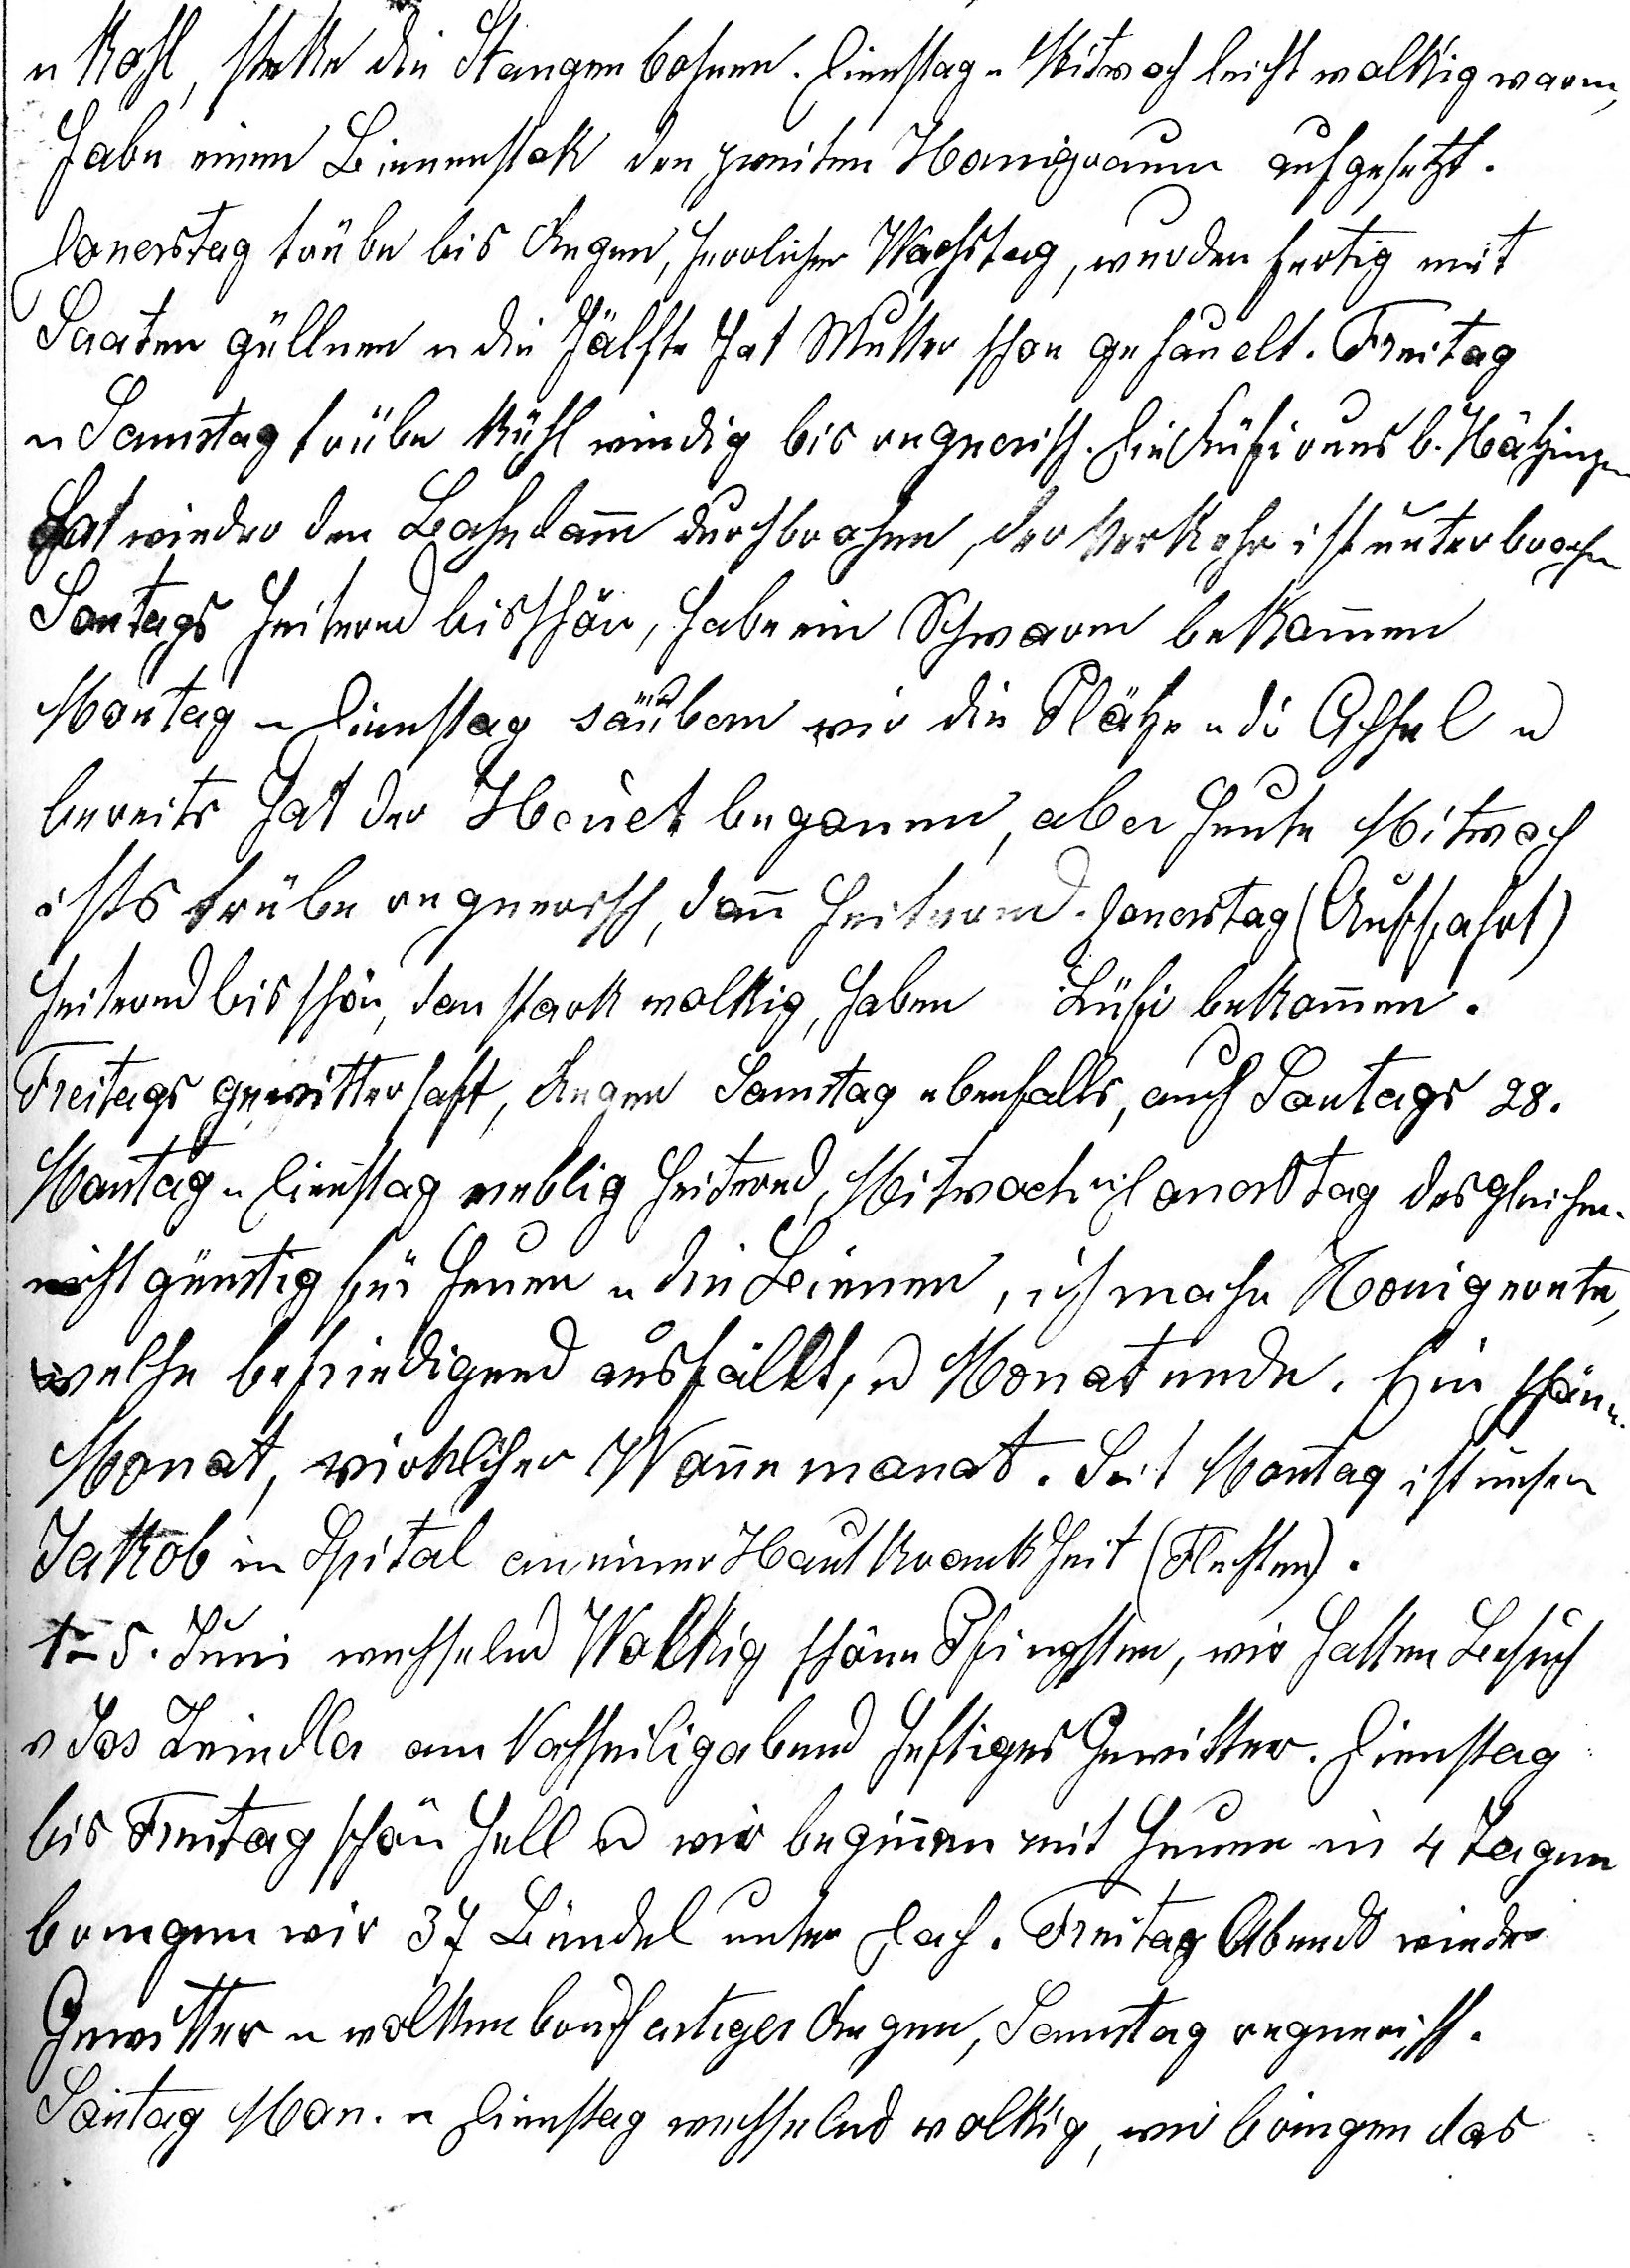
u Kohl, steke die Stangenbohnen. (16.) Dienstag u Mitwoch leicht wolkig warm,
habe einem Bienenstok den zweiten Honigraum aufgesetzt.
Donerstag trübe bis Regen, herrlicher Wachstag, werden fertig mit
Saaten güllen u die Hälfte hat Mutter schon gehauelt. Freitag
u Samstag trübe kühl windig bis regnerisch. Ein Rüfi v. uns b. Hätzingen
hat wieder den Bahndamm durchbrochen, der Verkehr ist unterbrochen
Sontags heiternd bis schön, habe ein Schwarm bekommen
Montag u Dienstag säubern wir die Plätze u die Achsel u
bereits hat der Heuet begonen, aber heute Mitwoch
ists trübe regnerisch, dann heiternd. Donerstag (Auffahrt)
heiternd bis schön, dan stark wolkig, haben Lüfi bekommen.
Freitags gewitterhaft, Regen Samstag ebenfalls, auch Sontag 28.
Montag u Dienstag neblig heiternd, Mitwoch u Donerstag desgleichen,
nicht günstig für heuen u die Bienen, ich mache Honigernte,
welche befriedigend ausfällt, u Monatsende. Ein schöner
Monat, wirklicher Wonnemonat. Seit Montag ist unser
Jakob im Spital an einer Hautkrankheit (Flechten).
1. – 5. Juni wechselnd wolkig schöne Pfingsten, wir hatten Besuch
v. Jos. Zeindler am Nachhei¬ligabend heftiges Gewitter. Dienstag
bis Freitag schön hell u wir beginnen mit heuen in 4 Tagen
bringen wir 37 Bündel unter Dach. Freitag Abend wieder
Gewitter u wolkenbruchartiger Regen, Samstag regnerisch.
Sontag Mon. u Dienstag wechselnd wolkig, wir bringen das